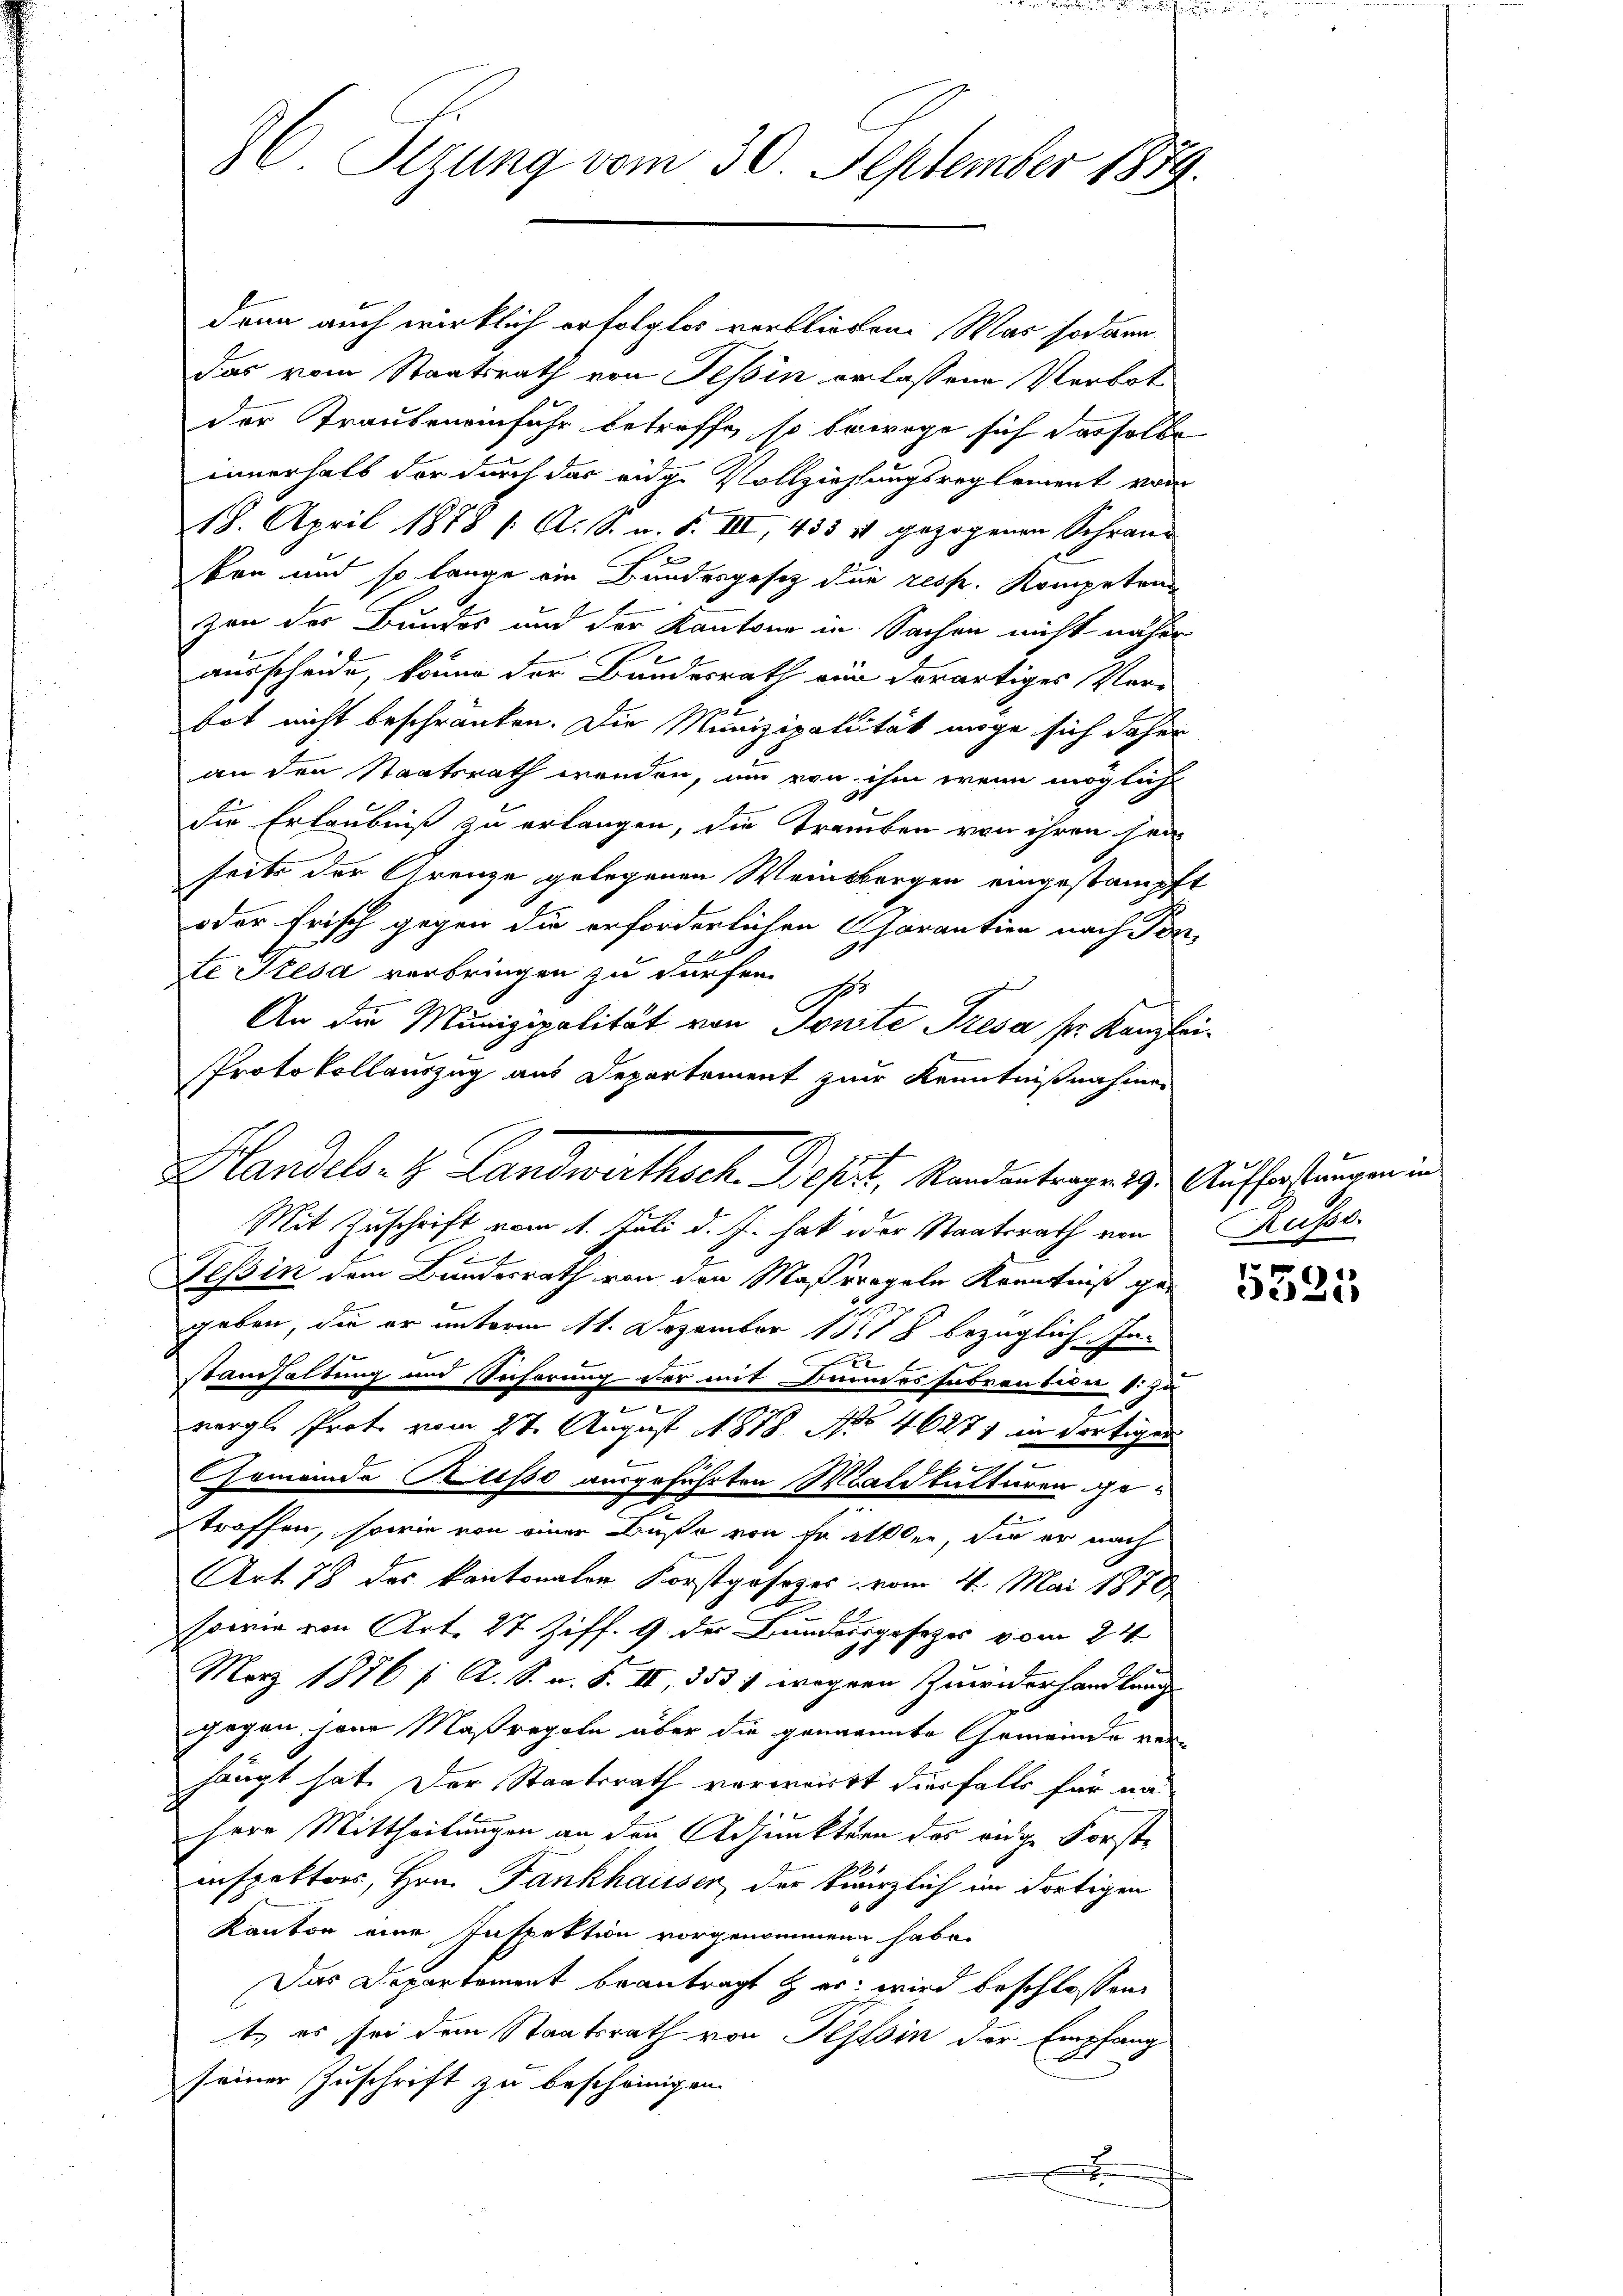
6 Sizung vom 30. September 1879.

dann auch wirklich erfolgtes verblieben. Was sodann
das vom Staatsrath von Tessin erlassene Verbot
der Traubenanfuhr betreffe, so bewege sich dasselbe
innerhalb der durch das eidg. Vollziehungsreglement vom
18. April 1878 /: A. S. a. S. IIII, 433 11 gezogenen Schran-
kon und so lange ein Bundesgesetz der resp. Kompetra
zen der Bundes und der Kantone in Sachen nicht näher
ausscheide, könne der Bundesrath von derartiges Ver-
 x
bot nicht beschränken. Die Munizipalität möge sich daher
an den Staatsrath wenden, um von ihm wenn mögliche
die Erlaubniß zu erlangen, die Trauben von ihren sei
seits der Grenze gelegenen Weinbergen eingestampft
oder Frisch gegen die erforderlichen Charantien nach Pont
te Resa verbringen zu dürfen. Es
An die Munizipalität von Tonite Tresa sr. Kanzler
Protokollauszug aus Departement zur Kenntnißnahme
Mit Zuschrift vom 11. Juli d. J. hat oder Staatsrath von
.
Tessin dem Bundesrath von den Maßregeln Kenntniß gegeben, die er unterm 11. Dezember 1878 bezüglich In¬
A
standhaltung und Sicherung der mit Bannes subventien 1. Ju
.
vergl. Prote vom 27. August 1878 No 46271 in dortigen
e
Homando Klisse ausgeführten Waldkulturen getroffen, sowie von einer Buße von Fr. allen, die er nach
Art 78 des kantonalen Forstgesezes vom 4. Mai 1878
sowie von Art. 27 Ziff. 9 der Bundesgesezes vom 24.
e
März 1876 f. A. S. v. S. II, 3531 wegene Zuwiderhandlung
gegen paar Maßregeln über die genannte Gemeinde verhängt hat. Der Staatsrath verwirkt diesfalls für na
Herr Mittheilungen an den Adjunktern das ange Forste
inspektors, Hrn. Fankhausen, der kürzlich im dortigen
Kanton eine Inspektion vorgenommene habe.
Das Departement beantragt & er wird beschlossen
t, es sei dem Staatsrath von Tessin der Empfang
seiner Zuschrift zu bescheinigen.
x

Hlandels- H. Landwirthsch. Depst, Randentrages z. Auffastungen in

u

Küsse.

)
De